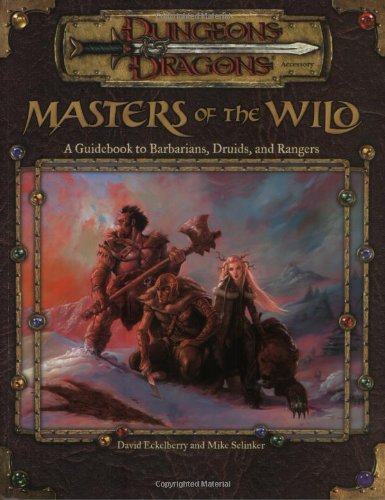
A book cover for Masters of the Wild: A Guidebook to Barbarians, Druids, and Rangers (Dungeon & Dragons d20 3.0 Fantasy Roleplaying Accessory); Mike Selinker; Science Fiction & Fantasy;